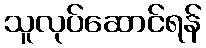
သူလုပ်ဆောင်ရန်